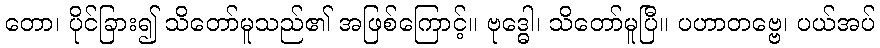
တော၊ ပိုင်ခြား၍ သိတော်မူသည်၏ အဖြစ်ကြောင့်။ ဗုဒ္ဓေါ၊ သိတော်မူပြီ။ ပဟာတဗ္ဗေ၊ ပယ်အပ်